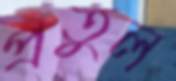
প্রতুল